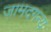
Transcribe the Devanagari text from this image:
जामदगन्य